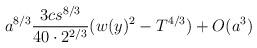
LaTeX: \begin{align*}a^{8/3}\frac{3cs^{8/3}}{40\cdot 2^{2/3}}(w(y)^2-T^{4/3})+O(a^3) \end{align*}